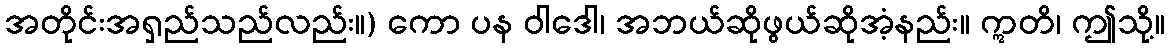
အတိုင်းအရှည်သည်လည်း။) ကော ပန ဝါဒေါ၊ အဘယ်ဆိုဖွယ်ဆိုအံ့နည်း။ ဣတိ၊ ဤသို့။